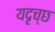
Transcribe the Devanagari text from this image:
यदृच्छ